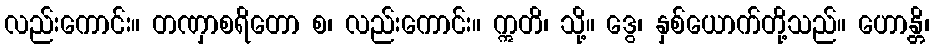
လည်းကောင်း။ တဏှာစရိတော စ၊ လည်းကောင်း။ ဣတိ၊ သို့။ ဒွေ၊ နှစ်ယောက်တို့သည်။ ဟောန္တိ၊